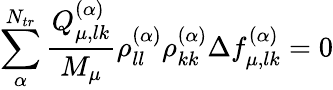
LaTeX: \sum_{\alpha}^{N_{tr}}\frac{Q_{\mu,lk}^{(\alpha)}}{M_{\mu}}\rho_{ll}^{(\alpha)}\rho_{kk}^{(\alpha)}\Delta f_{\mu,lk}^{(\alpha)}=0